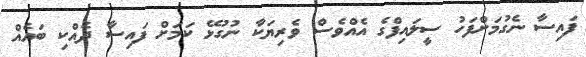
ފައިސާ ނެގުމަށްފަހު ސީލައިފްގެ އެއްވެސް ވެރިޔަކާ ނުގުޅޭ ކަމަށް ފައިސާ ދެއްކި ބައެއް